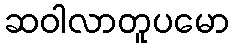
ဆဝါလာတူပမော